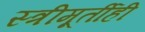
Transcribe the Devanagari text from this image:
स्त्रीमूर्तीही